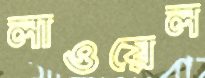
লাওয়েল